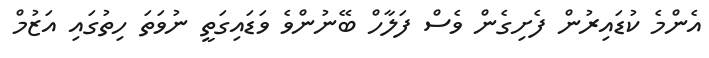
އެންމެ ކުޑައިރުން ފެށިގެން ވެސް ފަލާހް ބޭނުންވެ ވަޑައިގަތީ ނުވަތަ ހިތުގައި އަޒުމް